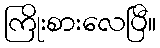
ကြိုးစားလေပြီ။